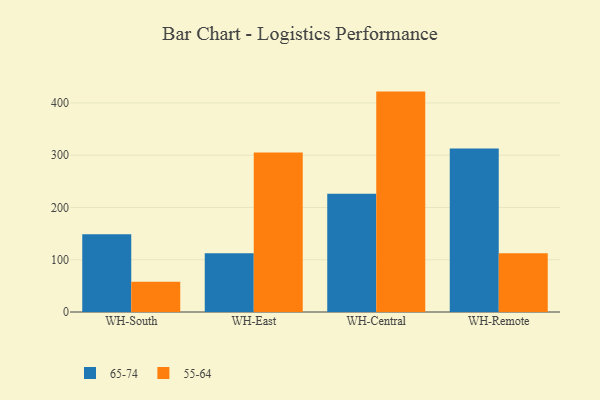
{"axis": {"x": "Warehouse", "y": "Website Visitors"}, "legend": ["55-64", "65-74"], "data": [{"x": "WH-South", "y": 148.8, "type": "65-74"}, {"x": "WH-South", "y": 57.7, "type": "55-64"}, {"x": "WH-East", "y": 112.2, "type": "65-74"}, {"x": "WH-East", "y": 305.1, "type": "55-64"}, {"x": "WH-Central", "y": 226.4, "type": "65-74"}, {"x": "WH-Central", "y": 421.7, "type": "55-64"}, {"x": "WH-Remote", "y": 312.6, "type": "65-74"}, {"x": "WH-Remote", "y": 112.4, "type": "55-64"}]}